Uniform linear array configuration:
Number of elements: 32
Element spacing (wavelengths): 1
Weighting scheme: uniform
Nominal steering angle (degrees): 0
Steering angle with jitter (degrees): -0.3968
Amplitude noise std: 0.05
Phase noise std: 0.05

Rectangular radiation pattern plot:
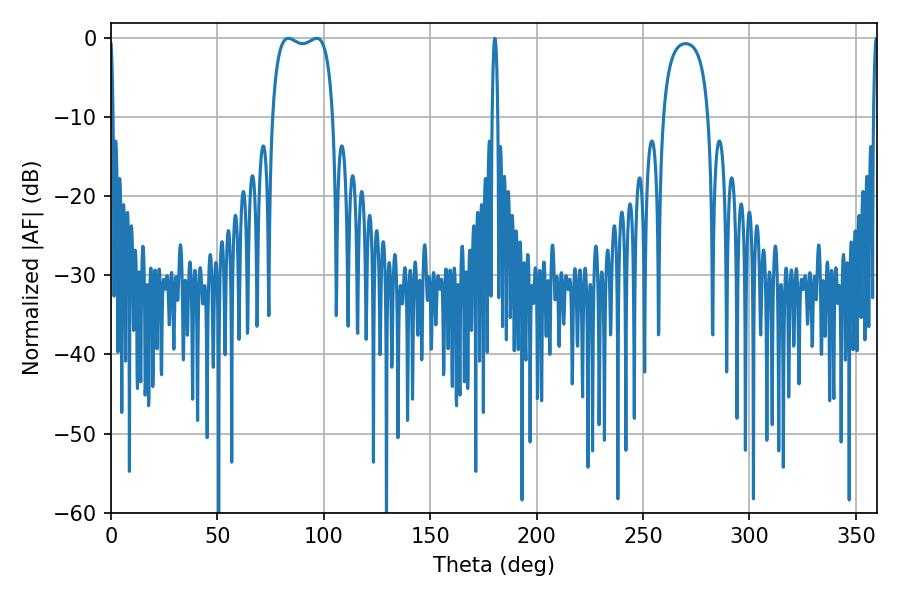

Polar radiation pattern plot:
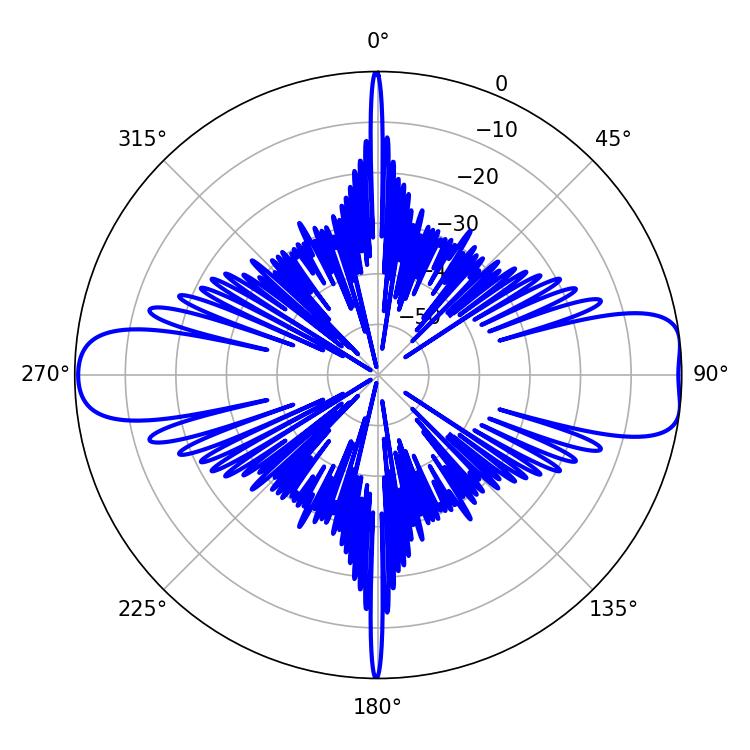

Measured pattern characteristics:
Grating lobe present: TRUE
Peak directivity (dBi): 10.809
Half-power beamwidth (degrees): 23.04
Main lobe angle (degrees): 83.34